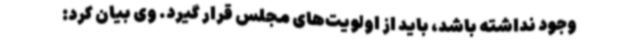
وجود نداشته باشد، باید از اولویت‌های مجلس قرار گیرد. وی بیان کرد: